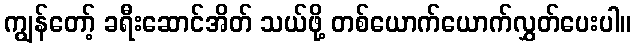
ကျွန်တော့် ခရီးဆောင်အိတ် သယ်ဖို့ တစ်ယောက်ယောက်လွှတ်ပေးပါ။